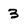
Character: 3